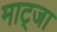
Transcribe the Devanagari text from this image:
माट्जा